Report on vaccination proceedings throughout the Government of Bengal -
Year: 1868
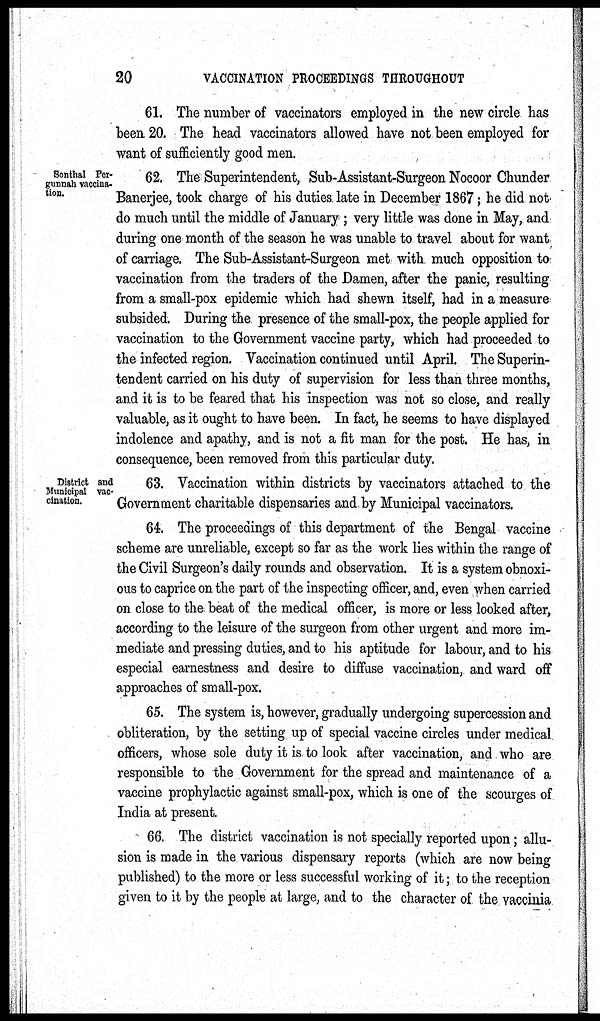
20
VACCINATION PROCEEDINGS THROUGHOUT
61. The number of vaccinators employed in the new circle has
been 20. The head vaccinators allowed have not been employed for
want of sufficiently good men.
Sonthal Per¬
gunnah vaccina¬
tion.
62. The Superintendent, Sub-Assistant-Surgeon Nocoor Chunder
Banerjee, took charge of his duties late in December 1867; he did not
do much until the middle of January; very little was done in May, and
during one month of the season he was unable to travel about for want
of carriage. The Sub-Assistant-Surgeon met with much opposition to,
vaccination from the traders of the Damen, after the panic, resulting
from a small-pox epidemic which had shewn itself, had in a measure
subsided. During the presence of the small-pox, the people applied for
vaccination to the Government vaccine party, which had proceeded to
the infected region. Vaccination continued until April. The Superin-
tendent carried on his duty of supervision for less than three months,
and it is to be feared that his inspection was not so close, and really
valuable, as it ought to have been. In fact, he seems to have displayed
indolence and apathy, and is not a fit man for the post. He has, in
consequence, been removed from this particular duty.
District and
Municipal vac-
cination.
63. Vaccination within districts by vaccinators attached to the
Government charitable dispensaries and by Municipal vaccinators.
64. The proceedings of this department of the Bengal vaccine
scheme are unreliable, except so far as the work lies within the range of
the Civil Surgeon's daily rounds and observation. It is a system obnoxi-
ous to caprice on the part of the inspecting officer, and, even when carried
on close to the beat of the medical officer, is more or less looked after,
according to the leisure of the surgeon from other urgent and more im-
mediate and pressing duties, and to his aptitude for labour, and to his
especial earnestness and desire to diffuse vaccination, and ward off
approaches of small-pox.
65. The system is, however, gradually undergoing supercession and
obliteration, by the setting up of special vaccine circles under medical
officers, whose sole duty it is to look after vaccination, and who are
responsible to the Government for the spread and maintenance of a
vaccine prophylactic against small-pox, which is one of the scourges of
India at present.
66. The district vaccination is not specially reported upon; allu-
sion is made in the various dispensary reports (which are now being
published) to the more or less successful working of it; to the reception
given to it by the people at large, and to the character of the vaccinia